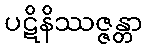
ပဋိနိဿဇ္ဇန္တာ